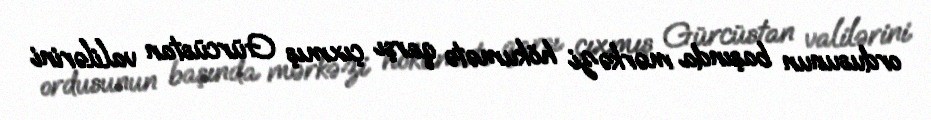
ordusunun başında mərkəzi hökumətə qarşı çıxmış Gürcüstan valilərini